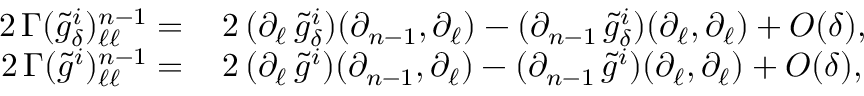
\begin{array} { r l } { 2 \, \Gamma ( \tilde { g } _ { \delta } ^ { i } ) _ { \ell \ell } ^ { n - 1 } = \, } & { 2 \, ( \partial _ { \ell } \, \tilde { g } _ { \delta } ^ { i } ) ( \partial _ { n - 1 } , \partial _ { \ell } ) - ( \partial _ { n - 1 } \, \tilde { g } _ { \delta } ^ { i } ) ( \partial _ { \ell } , \partial _ { \ell } ) + O ( \delta ) , } \\ { 2 \, \Gamma ( \tilde { g } ^ { i } ) _ { \ell \ell } ^ { n - 1 } = \, } & { 2 \, ( \partial _ { \ell } \, \tilde { g } ^ { i } ) ( \partial _ { n - 1 } , \partial _ { \ell } ) - ( \partial _ { n - 1 } \, \tilde { g } ^ { i } ) ( \partial _ { \ell } , \partial _ { \ell } ) + O ( \delta ) , } \end{array}